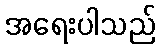
အရေးပါသည်